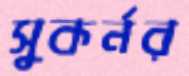
সুকর্নর